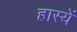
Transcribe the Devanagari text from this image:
हास्यें